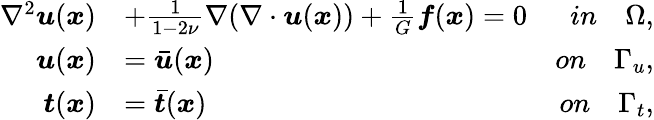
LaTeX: \begin{array}{rlr}{\nabla^{2}\boldsymbol{u}(\boldsymbol{x})}&{+\frac{1}{1-2\nu}\nabla(\nabla\cdot\boldsymbol{u}(\boldsymbol{x}))+\frac{1}{G}\boldsymbol{f}(\boldsymbol{x})=0}&{in\quad\Omega,}\\ {\boldsymbol{u}(\boldsymbol{x})}&{=\bar{\boldsymbol{u}}(\boldsymbol{x})}&{on\quad\Gamma_{u},}\\ {\boldsymbol{t}(\boldsymbol{x})}&{=\bar{\boldsymbol{t}}(\boldsymbol{x})}&{on\quad\Gamma_{t},}\end{array}